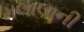
મલાલાની